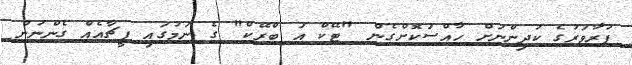
ފުރާވަރުގެ ކުދިންނަށް ހާއްސަކޮށްގެން "ޓޭކް އަ ބްރޭކް" ގެ ނަމުގައި ފީޗާއެއް ގެންނަން